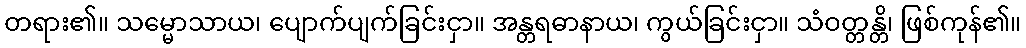
တရား၏။ သမ္မောသာယ၊ ပျောက်ပျက်ခြင်းငှာ။ အန္တရဓာနာယ၊ ကွယ်ခြင်းငှာ။ သံဝတ္တန္တိ၊ ဖြစ်ကုန်၏။